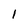
Character: I